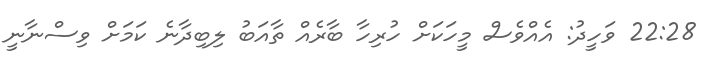
22:28 ވަހީދު: އެއްވެސް މީހަކަށް ހުރިހާ ބާރެއް ތާއަބު ލިބިދާނެ ކަމަށް ވިސްނާނީ